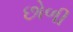
છોળી